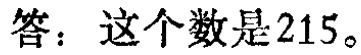
答：这个数是\(215\)。